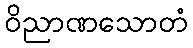
ဝိညာဏသောတံ